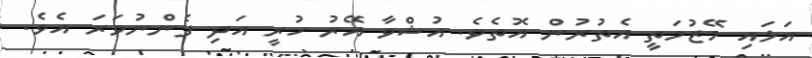
އަޅައި މޭޒުމަތީ އެތުރުން އޮތެވެ. އުޝްވާ އޭރު ހުރީ އަދި ފެންނުވަރަ އެވެ.